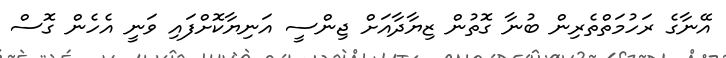
އޭނާގެ ރަހުމަތްތެރިން ބުނާ ގޮތުން ޒިޔާދާއަށް ޖިންސީ އަނިޔާކޮށްފައި ވަނީ އެހެން ގޮސް